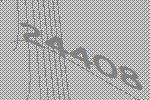
24408